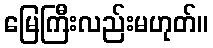
မြေကြီးလည်းမဟုတ်။